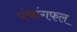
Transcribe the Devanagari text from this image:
पंचांगफल